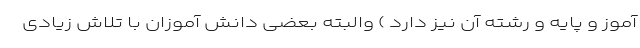
آموز و پایه و رشته آن نیز دارد ) والبته بعضی دانش آموزان با تلاش زیادی